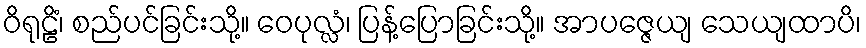
ဝိရုဠိံ၊ စည်ပင်ခြင်းသို့။ ဝေပုလ္လံ၊ ပြန့်ပြောခြင်းသို့။ အာပဇ္ဇေယျ သေယျထာပိ၊